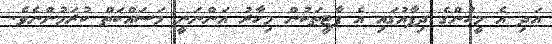
އަދި އެ މީހުންގެ ދިފާއުގައި އެ ޕާޓީތަކުން މިހާރު އަންނަނީ މަސައްކަތް ކުރަމުންނެވެ.